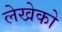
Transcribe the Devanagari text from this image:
लेखेको